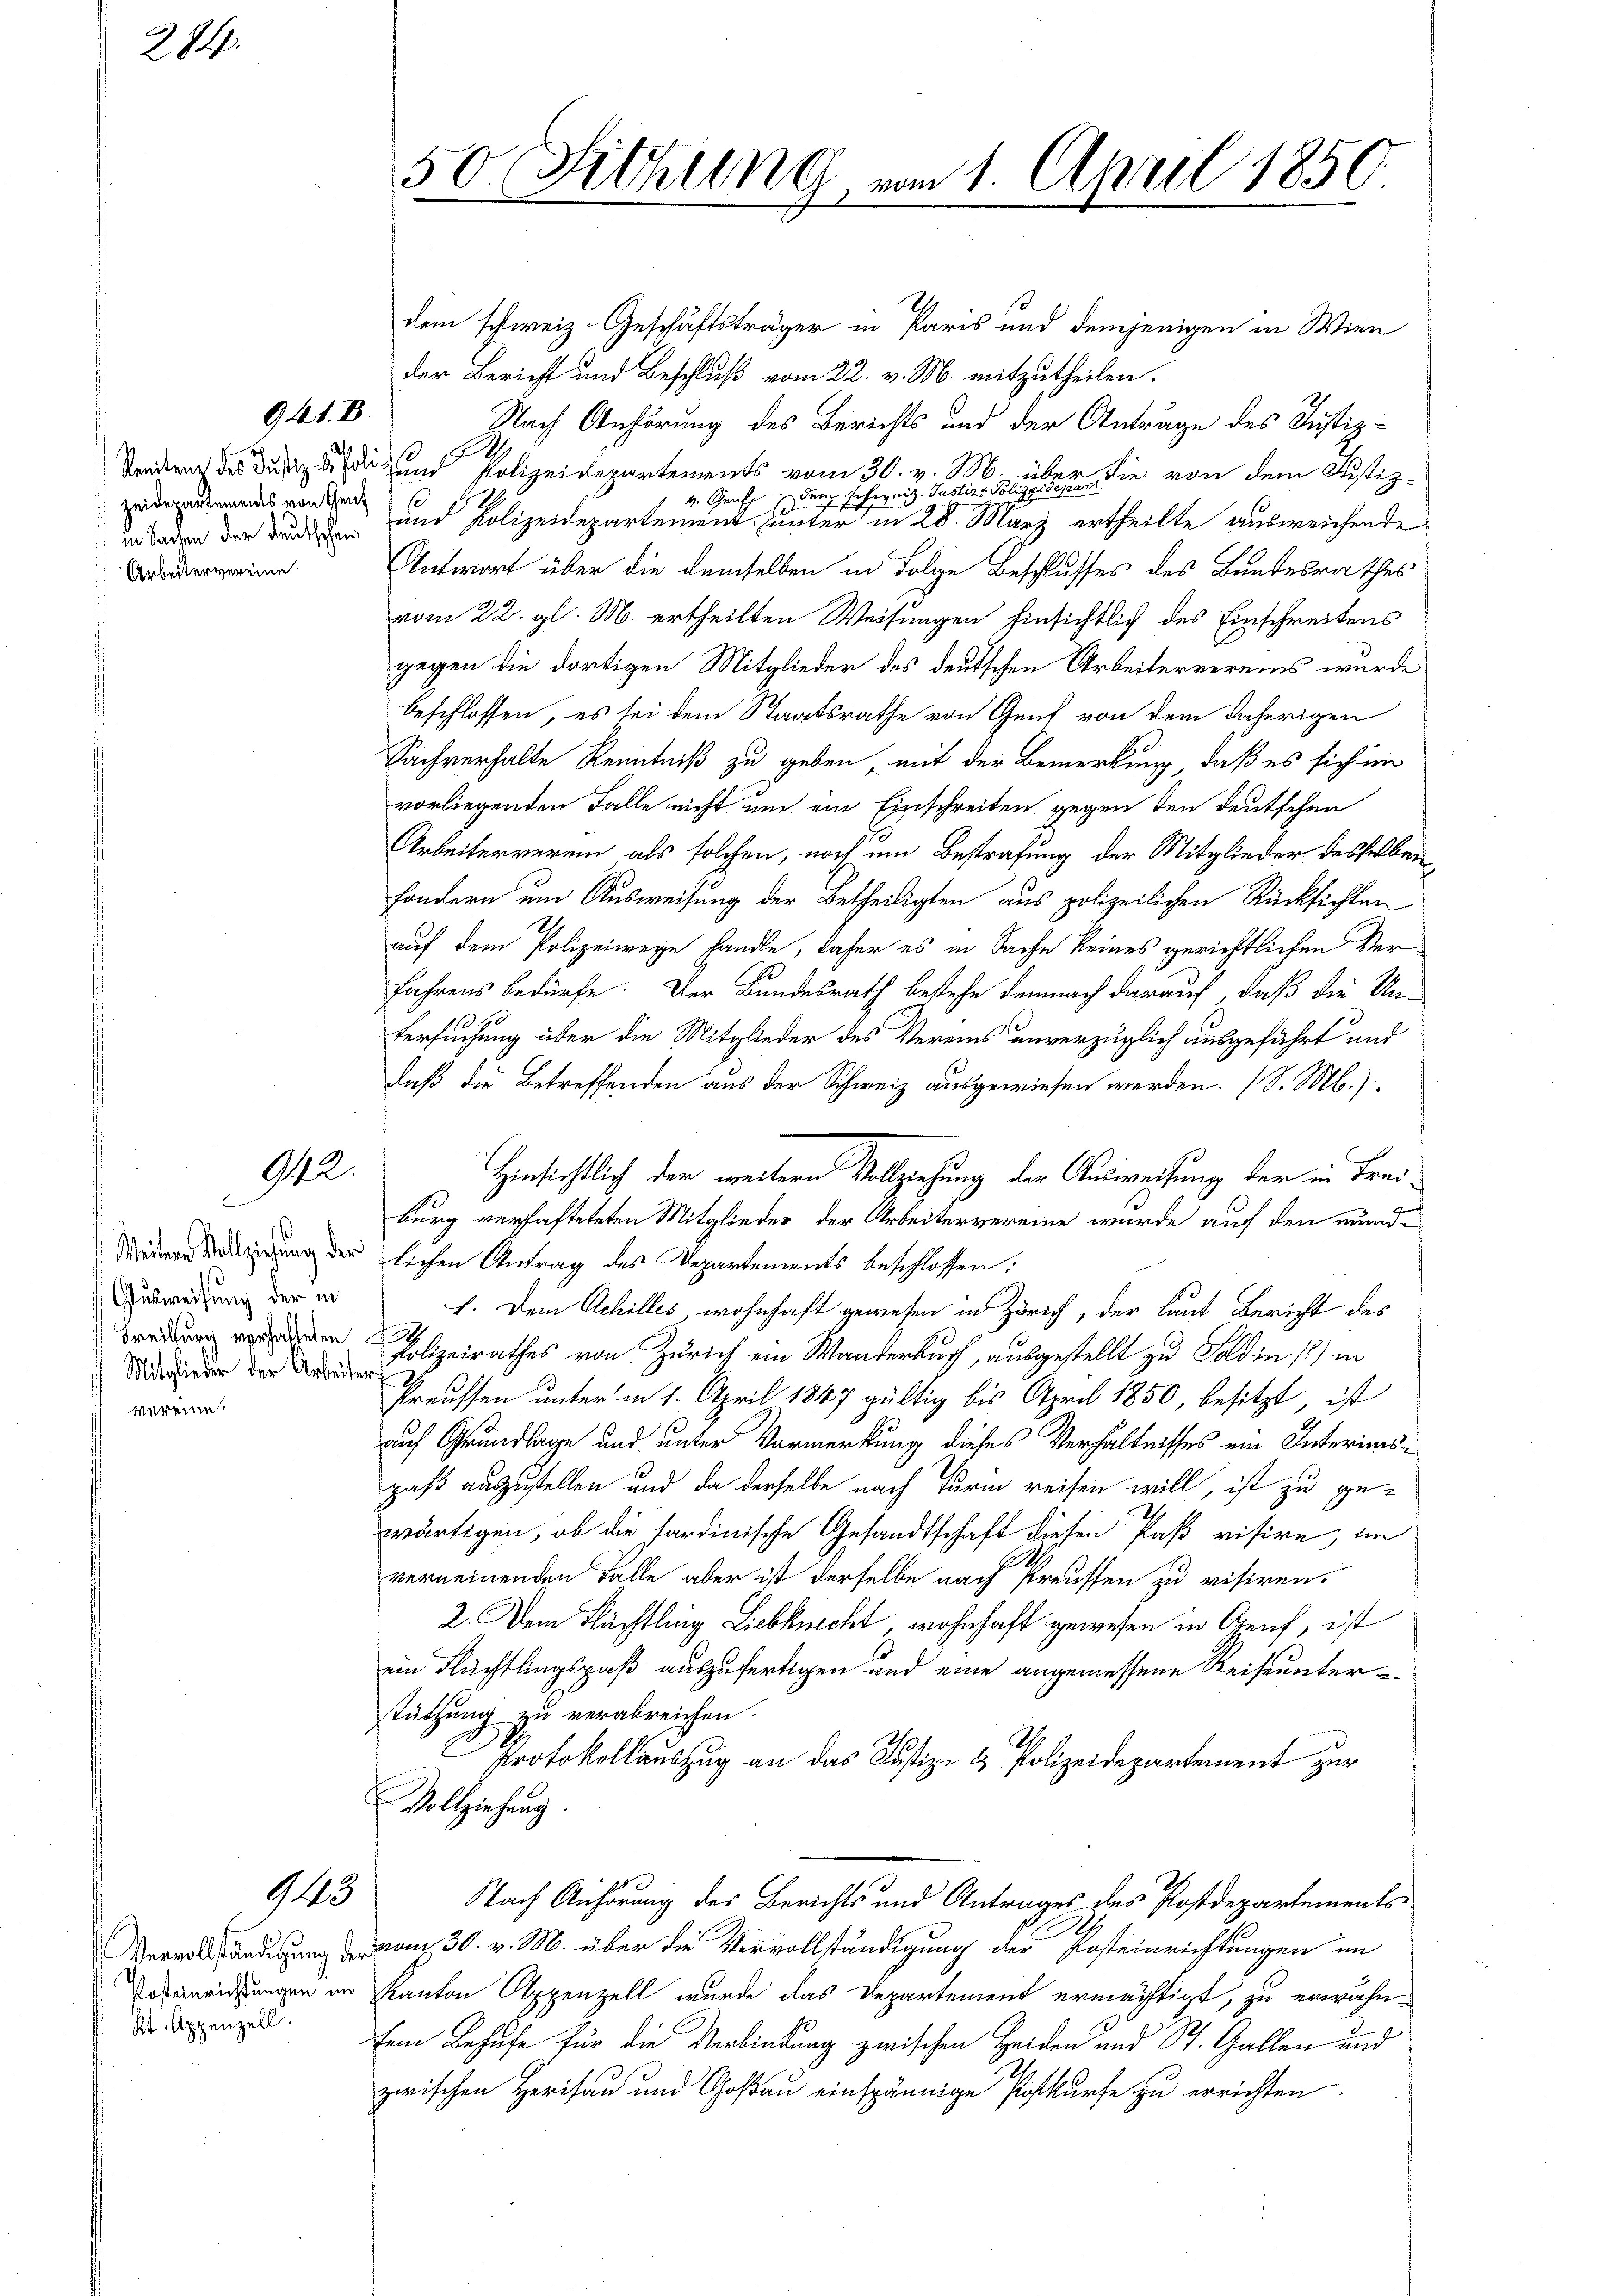
284.

zeidepartements von Genf
in Sachen der deutschen
Arbeitervereine

941.B.

942.

Weitere Vollziehung der
Glusweisung der in
 Freiburg verhalteten

943

Kt. Appenzell.

dem schweiz. Geschäftsträger in Paris und demjenigen in Wien
der Bericht und Beschluß vom 22. v. M. mitzutheilen.
Nach Anhörung des Berichts und der Anträge des Justiz-
Sonderach des Justiz die und Polizeidepartements vom 30. v. M. über
4. Grasch den schweiz. Justiz-Polize die von dem Justiz¬
und Polizeidepartement unter in 28. März ertheilte ausweichende
Antwort über die demselben in Folge Beschlusses des Bundesrathes
vom 22. gl. M. ertheilten Weisungen hinsichtlich des Einschreitens
gegen die dortigen Mitglieder des deutschen Arbeitervereins wurde
beschlossen, es sei dem Staatsrathe von Genf von dem daherigen
Sachverhalte Kenntniß zu geben, mit der Bemerkung, daß es sich im
vorliegenden Falle nicht um ein Einschreiten gegen den deutschen
Arbeiterverein als solchen, noch um Bestrafung der Mitglieder desselben
sondern um Ausweisung der Betheiligten aus polizeilichen Rücksichten
auf dem Polizeiwege handle, daher es in Sache keines gerichtlichen Ver¬
Jahrens bedürfe. Der Bundesrath bestehe demnach darauf, daß die Un-
tersuchung über die Mitglieder des Vereins unverzüglich ausgefährt und
daß die Betreffenden aus der Schweiz ausgewiesen werden. (S. M.)
burg verhafteteten Mitglieder der Arbeitervereine wurde auf den mündlichen Antrag des Departements beschlossen:
f. Dem Achilles wohnhaft gewesen in Zürich, der laut Bericht des
A
i der Polizeirathes von Zürich ein Wanderbuch, ausgestellt zu Soldin 1) in
Preussen unter in 1. April 1847 gültig bis April 1850, besitzt, ist
auf Grundlage und unter Vormerkung dieses Verhältnisses ein Interimspaß auszustellen und da derselbe nach Turin reisen will, ist zu gewärtigen, ob die sardinische Gesandtschaft diesen Paß visire, im
verneinenden Falle aber ist derselbe nach Preussen zu visiren.
2. Dem Flächtling Liebknecht, wohnhaft gewesen in Greif, ist
ein Flüchtlingspaß auszufertigen und eine angemessene Reiseuntertützung zu verabreichen.
I
Protokollauszug an das Justiz- & Polizeidepartement zur
Vollziehung.
Nach Anhörung des Berichts und Antrages des Postdepartements¬
Vervollständigung am 30. v. M. über die Vervollständigung der Kosteinrichtungen im
derweisungen im Kanton Appenzell wurde das Departement ermächtigt, zu erwähnfem Behufe für die Verbindung zwischen Heiden und St. Gallen und
zwischen Herisau und Goßau einspännige Postkurse zu errichten.

50. Fichung vom 1. April 1850.

Hinsichtlich dem weitern Vollziehung der Ausweisung der in Frei¬